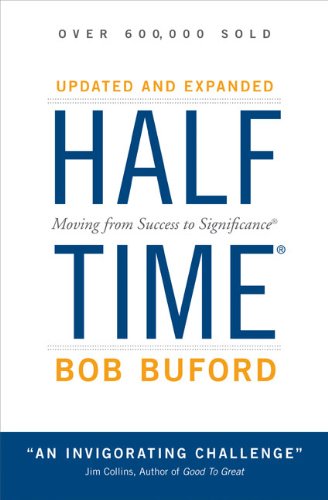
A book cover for Halftime: Moving from Success to Significance; Bob P. Buford; Health, Fitness & Dieting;